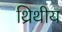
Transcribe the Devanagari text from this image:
थ्रिथीय